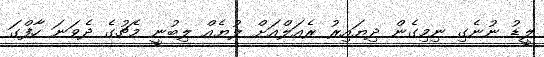
ލީޑު ނުނެގި ނިމިގެން ދިޔައިރު ރެއަލްއަށް ލުޔެއް ލިބުނީ މެޗުގެ ދެވަނަ ހާފްގަ